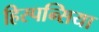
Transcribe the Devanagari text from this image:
हिस्पन्सिया